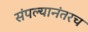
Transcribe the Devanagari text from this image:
संपल्यानंतरच